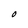
Character: O